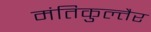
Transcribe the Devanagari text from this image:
मंतिकुल्तैर